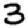
Digit: 3